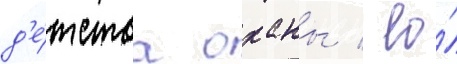
д'е́тства оханы / ео́